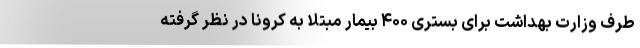
طرف وزارت بهداشت برای بستری ۴۰۰ بیمار مبتلا به کرونا در نظر گرفته